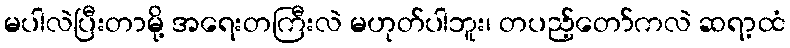
မပါလဲပြီးတာမို့ အရေးတကြီးလဲ မဟုတ်ပါဘူး၊ တပည့်တော်ကလဲ ဆရာ့ထံ